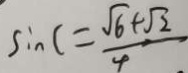
\sin C = \frac { \sqrt { 6 } + \sqrt { 2 } } { 4 }